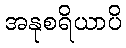
အနုစရိယာပိ